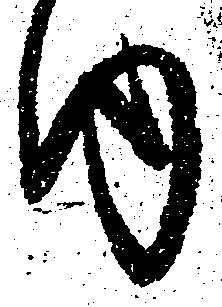
内